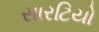
સારટિયો